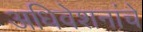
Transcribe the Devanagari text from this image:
अधिवेशनांचे